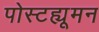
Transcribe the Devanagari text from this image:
पोस्टह्यूमन